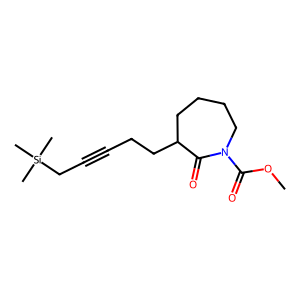
SMILES: COC(=O)N1CCCCC(CCC#CC[Si](C)(C)C)C1=O
Inhibits HIV replication: Yes